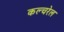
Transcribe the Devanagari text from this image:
कल्चरेल